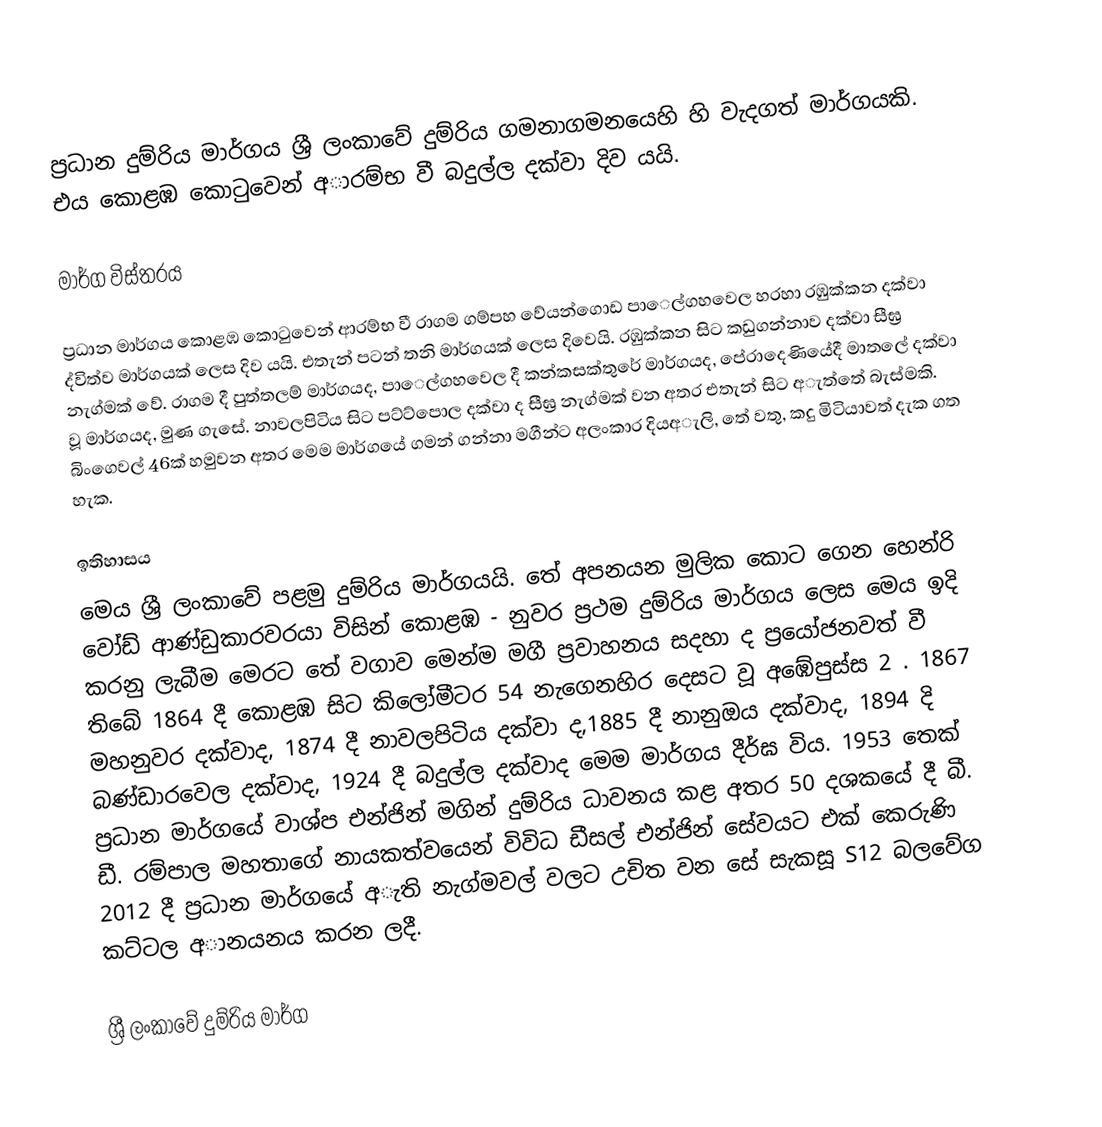
ප්‍රධාන දුම්රිය මාර්ගය	 ශ්‍රී ලංකාවේ දුම්රිය ගමනාගමනයෙහි හි වැදගත් මාර්ගයකි. එය කොළඹ කොටුවෙන් අාරම්භ වී බදුල්ල දක්වා දිව යයි.

මාර්ග විස්තරය

ප්‍රධාන මාර්ගය කොළඹ කොටුවෙන් ආරම්භ වී රාගම ගම්පහ වේයන්ගොඩ පාෙල්ගහවෙල හරහා රඹුක්කන දක්වා ද්විත්ව මාර්ගයක් ලෙස දිව යයි. එතැන් පටන් තනි මාර්ගයක් ලෙස දිවෙයි. රඹුක්කන සිට කඩුගන්නාව දක්වා සීඝ්‍ර නැග්මක් වේ. රාගම දී පුත්තලම් මාර්ගයද, පාෙල්ගහවෙල දී කන්කසක්තුරේ මාර්ගයද, පේරාදෙණියේදී මාතලේ දක්වා වූ මාර්ගයද, මුණ ගැසේ. නාවලපිටිය සිට පට්ට්පොල දක්වා ද සීඝ්‍ර නැග්මක් වන අතර එතැන් සිට අැත්තේ බැස්මකි. බිංගෙවල් 46ක් හමුවන අතර මෙම මාර්ගයේ ගමන් ගන්නා මගීන්ට අලංකාර දියඅැලි, තේ වතු, කදු මිටියාවත් දැක ගත හැක.

ඉතිහාසය
මෙය ශ්‍රී ලංකාවේ පළමු දුම්රිය මාර්ගයයි. තේ අපනයන මුලික කොට ගෙන හෙන්රි වෝඩ් ආණ්ඩුකාරවරයා විසින් කොළඹ - නුවර  ප්‍රථම දුම්රිය මාර්ගය ලෙස මෙය ඉදි කරනු ලැබීම මෙරට තේ වගාව මෙන්ම මගී ප්‍රවාහනය සදහා ද ප්‍රයෝජනවත් වී තිබේ 1864 දී කොළඹ  සිට කිලෝමීටර 54 නැගෙනහිර දෙසට වූ අඹේපුස්ස  2 . 1867 මහනුවර දක්වාද, 1874 දී නාවලපිටිය දක්වා ද,1885 දී නානුඔය දක්වාද, 1894 දි බණ්ඩාරවෙල දක්වාද, 1924 දී බදුල්ල දක්වාද මෙම මාර්ගය දීර්ඝ විය. 1953 තෙක් ප්‍රධාන මාර්ගයේ වාශ්ප එන්ජින් මගින් දුම්රිය ධාවනය කළ අතර 50 දශකයේ දී බී. ඩී. රම්පාල මහතාගේ නායකත්වයෙන් විවිධ ඩීසල් එන්ජින් සේවයට එක් කෙරුණි 2012 දී ප්‍රධාන මාර්ගයේ අැති නැග්මවල් වලට උචිත වන සේ සැකසූ S12 බලවේග කට්ටල අානයනය කරන ලදී.

ශ්‍රී ලංකාවේ දුම්රිය මාර්ග